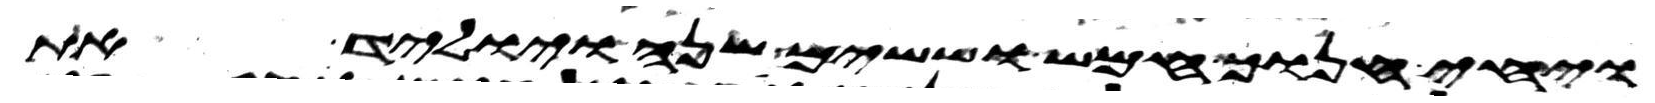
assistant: ויחי חנוך חמש וששים שנה ויוליד את